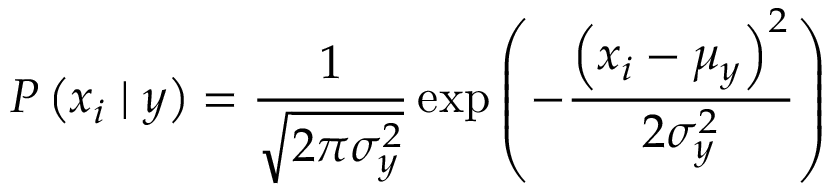
P \left( x _ { i } \mid y \right) = \frac { 1 } { \sqrt { 2 \pi \sigma _ { y } ^ { 2 } } } \exp \left( - \frac { \left( x _ { i } - \mu _ { y } \right) ^ { 2 } } { 2 \sigma _ { y } ^ { 2 } } \right)